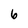
Character: 6